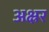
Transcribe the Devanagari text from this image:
अक्ष्रर